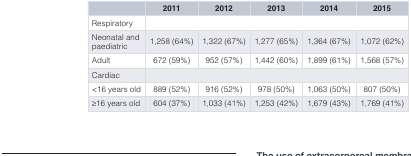
|  | 2011 | 2012 | 2013 | 2014 | 2015 |
 | --- | --- | --- | --- | --- | --- |
 | Respiratory | <COLSPAN=5>  |
 | Neonatal andpaediatric | 1,258 (64%) | 1,322 (67%) | 1,277 (65%) | 1,364 (67%) | 1,072 (62%) |
 | Adult | 672 (59%) | 952 (57%) | 1,442 (60%) | 1,899 (61%) | 1,568 (57%) |
 | Cardiac | <COLSPAN=5>  |
 | <16 years old | 889 (52%) | 916 (52%) | 978 (50%) | 1,063 (50%) | 807 (50%) |
 | ≥16 years old | 604 (37%) | 1,033 (41%) | 1,253 (42%) | 1,679 (43%) | 1,769 (41%) |